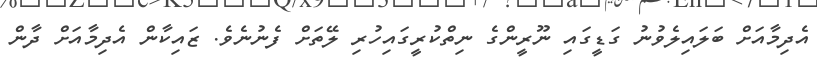
އެދިމާއަށް ބަލައިލެވުނު ގަޑީގައި ނޫރީންގެ ނިތްކުރީގައިހުރި ލޭތަށް ފެނުނެވެ. ޒައިކާން އެދިމާއަށް ދާން